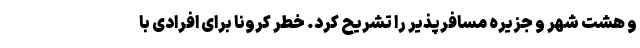
و هشت شهر و جزیره مسافرپذیر را تشریح کرد. خطر کرونا برای افرادی با